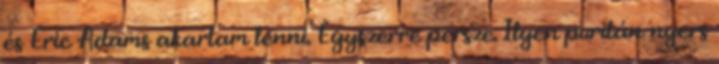
és Eric Adams akartam lenni. Egyszerre persze. Ilyen puritán-nyers